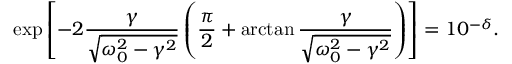
\exp \left[ - 2 \frac { \gamma } { \sqrt { \omega _ { 0 } ^ { 2 } - \gamma ^ { 2 } } } \left( \frac { \pi } { 2 } + \arctan \frac { \gamma } { \sqrt { \omega _ { 0 } ^ { 2 } - \gamma ^ { 2 } } } \right) \right] = 1 0 ^ { - \delta } .